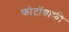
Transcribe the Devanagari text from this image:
फोटॉग्राफी